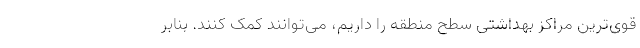
قوی‌ترین مراکز بهداشتی سطح منطقه را داریم، می‌توانند کمک کنند. بنابر